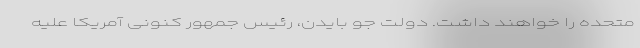
متحده را خواهند داشت. دولت جو بایدن، رئیس جمهور کنونی آمریکا علیه